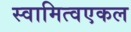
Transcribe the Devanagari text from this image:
स्वामित्वएकल